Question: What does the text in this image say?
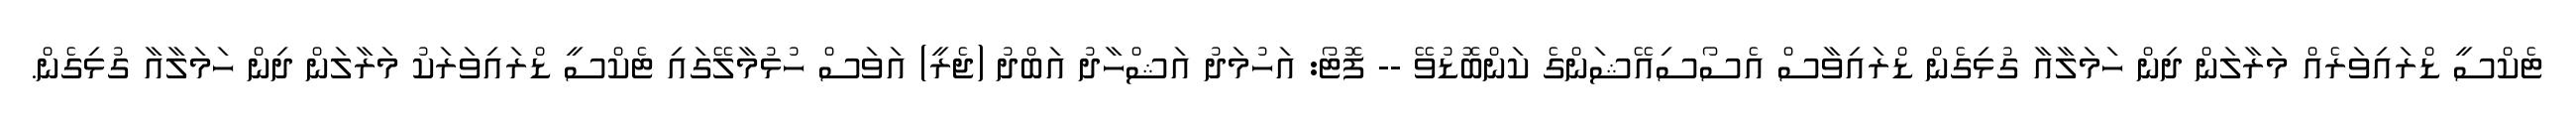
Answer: ޓެކްސީ ޑްރައިވަރެއް މަރާލަން ދިން ހަމަލާއާ ގުޅިގެން ޑްރައިވާސް އެސޯސިއޭޝަންގެ ކަންބޮޑުވޭ -- ފޮޓޯ: އަހުމަދު އަޝްހާދު އަބްދު (ޖެރީ) އަވަސް ހުޅުމާލޭގައި ޓެކްސީ ޑްރައިވަރަކު މަރާލަން ދިން ހަމަލާއާ ގުޅިގެން.